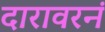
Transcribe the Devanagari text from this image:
दारावरनं